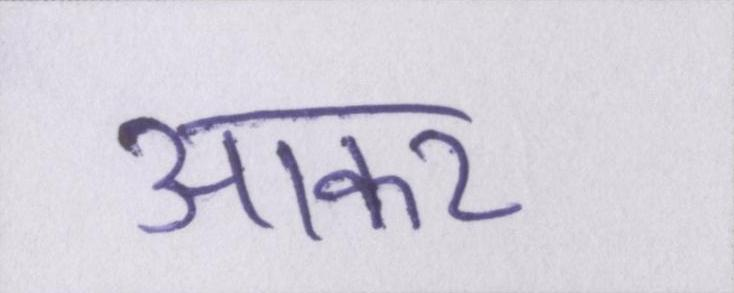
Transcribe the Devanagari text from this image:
आकर